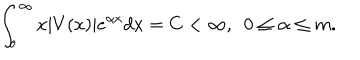
LaTeX: \int _ { o } ^ { \infty } x | V ( x ) | e ^ { \alpha x } d x = C < \infty , ~ ~ 0 \leq \alpha \leq m .